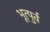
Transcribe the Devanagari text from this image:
भूत्पुर्व